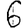
Digit: 6